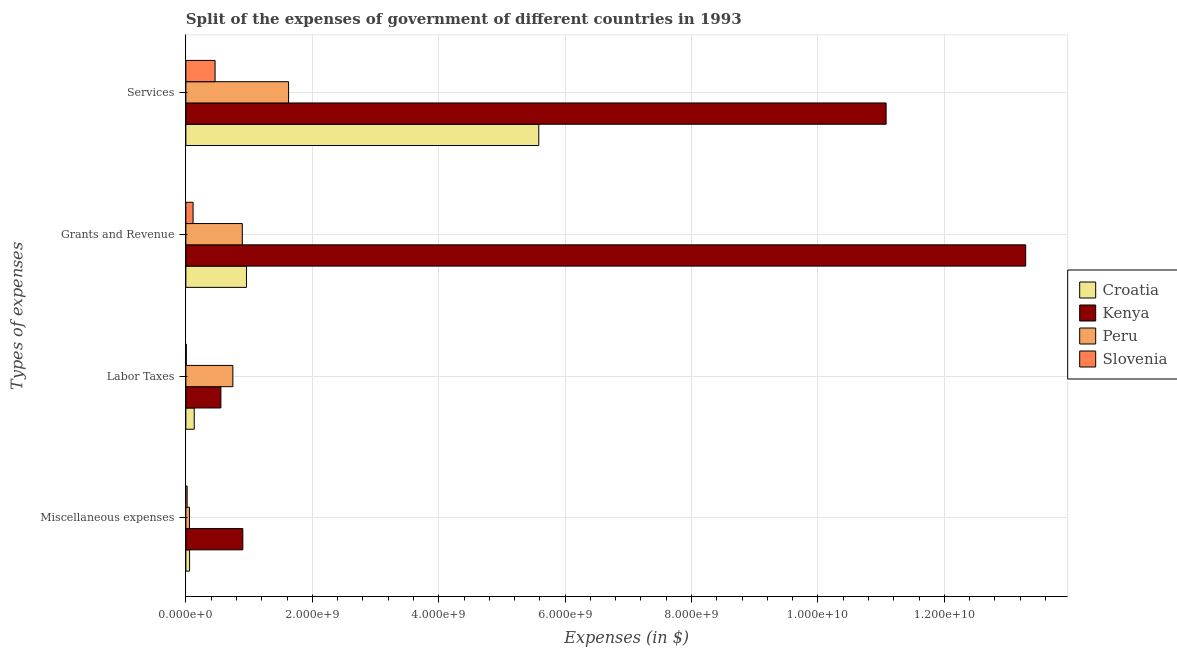
| Types of expenses | Croatia | Kenya | Peru | Slovenia |
 | --- | --- | --- | --- | --- |
 | Miscellaneous expenses | 5.83e+07 | 9.01e+08 | 5.7e+07 | 2e+07 |
 | Labor Taxes | 1.32e+08 | 5.54e+08 | 7.43e+08 | 6.68e+06 |
 | Grants and Revenue | 9.59e+08 | 1.33e+10 | 8.93e+08 | 1.14e+08 |
 | Services | 5.58e+09 | 1.11e+10 | 1.62e+09 | 4.62e+08 |